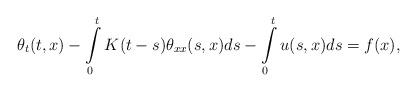
LaTeX: \begin{align*}\theta_{t}(t,x)-\int\limits^t_0K(t-s)\theta_{xx}(s,x)ds-\int\limits^t_0u(s,x)ds=f(x),\end{align*}